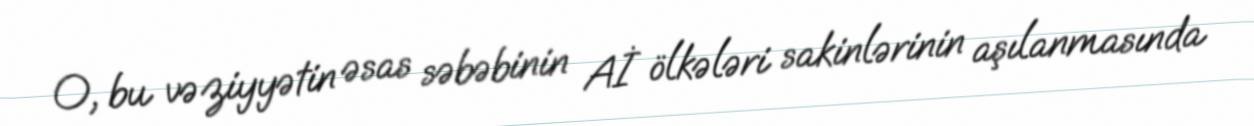
O, bu vəziyyətin əsas səbəbinin Aİ ölkələri sakinlərinin aşılanmasında